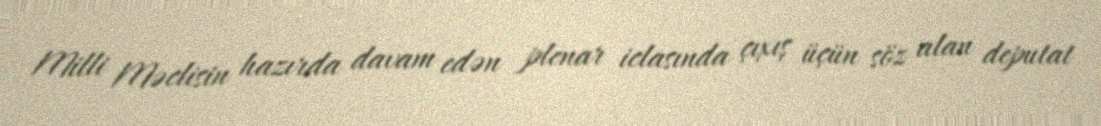
Milli Məclisin hazırda davam edən plenar iclasında çıxış üçün söz alan deputat